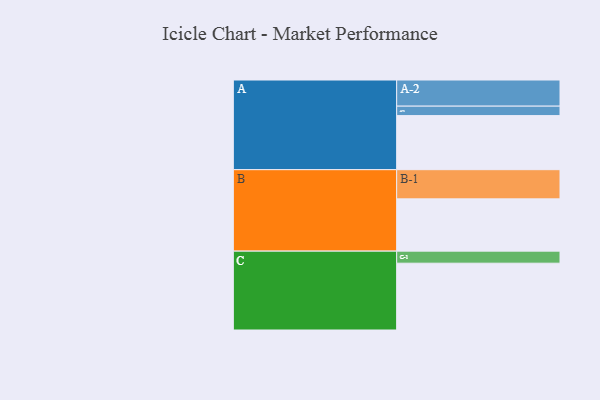
{"axis": {"x": "Segment", "y": "Value"}, "legend": ["", "A", "B", "C"], "data": [{"x": "A", "y": 480, "type": ""}, {"x": "B", "y": 464, "type": ""}, {"x": "C", "y": 593, "type": ""}, {"x": "A-1", "y": 84, "type": "A"}, {"x": "A-2", "y": 232, "type": "A"}, {"x": "B-1", "y": 259, "type": "B"}, {"x": "C-1", "y": 107, "type": "C"}]}